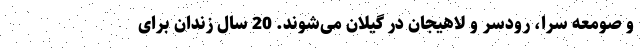
و صومعه سرا، رودسر و لاهیجان در گیلان می‌شوند. 20 سال زندان برای